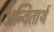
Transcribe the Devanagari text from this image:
अन्वितार्थ